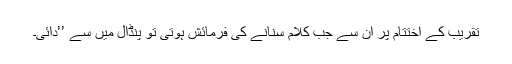
تقریب کے اختتام پر ان سے جب کلام سنانے کی فرمائش ہوتی تو پنڈال میں سے ’’دائی۔